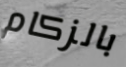
بالزكام